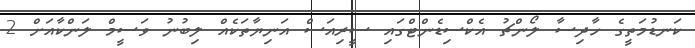
ކަނޑުމަތީގެ ހާދިސާ ލޯންޗު އެކްސިޑެންޓްގައި ސީރިއަސް އަނިޔާތަކެއް ލިބުނު ވަސީމް ލަންކާއަށް 2